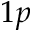
1 p